Lunatic asylums Madras 1877-1891 - 1877-1891
Year: 1877
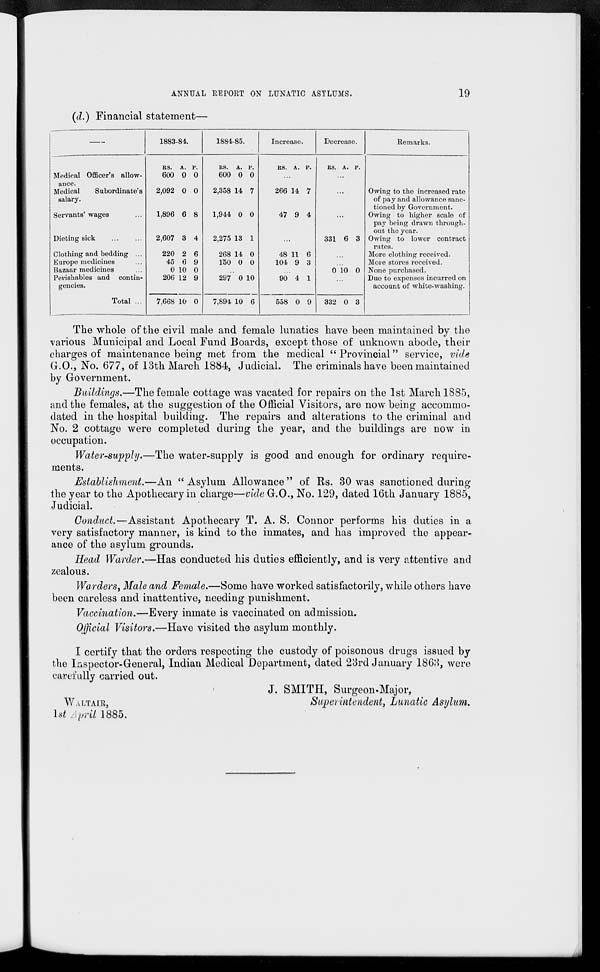
ANNUAL REPORT ON LUNATIC ASYLUMS.
(d.) Financial statement—
—
Medical Officer's allow-
ance.
Medical
Subordinate's
salary.
Servants' wages ...
Dieting sick
...
...
Clothing and bedding ...
Europe medicines ...
Bazaar medicines ...
Perishables and contin-
gencies.
Total ...
1883-84.
Rs.
600
2,092
1,896
2,607
220
45
0
206
7,668
A.
0
0
6
3
2
6
10
12
10
P.
0
0
8
4
6
9
0
9
0
1884-85.
Rs.
600
2,358
1,944
2,275
268
150
A.
0
14
0
13
14
0
P.
0
7
0
1
0
0
...
297
7,894
0
10
10
6
Increase.
Rs. A. P.
...
266
47
14
9
7
4
...
48
104
11
9
6
3
...
90
558
4
0
1
9
Decrease.
Rs. A. P.
...
...
...
331 6 3
...
...
0 10 0
...
332 0 3
Remarks.
Owing to the increased rate
of pay and allowance sanction by Government.
Owing to higher scale of
pay being drawn through-
out the year.
Owing to lower contract
rates.
More clothing received.
More stores received.
None purchased.
Due to expenses incurred on
account of white-washing.
The whole of the civil male and female lunatics have been maintained by the
various Municipal and Local Fund Boards, except those of unknown abode, their
charges of maintenance being met from the medical "Provincial" service, vide
G.O., No. 677, of 13th March 1884, Judicial. The criminals have been maintained
by Government.
Buildings.—The female cottage was vacated for repairs on the 1st March 1885,
and the females, at the suggestion of the Official Visitors, are now being accommo-
dated in the hospital building. The repairs and alterations to the criminal and
No. 2 cottage were completed during the year, and the buildings are now in
occupation.
Water-supply.—The water-supply is good and enough for ordinary require-
ments.
Establishment.—An "Asylum Allowance" of Rs. 30 was sanctioned during
the year to the Apothecary in charge—vide G.O., No. 129, dated 16th January 1885,
Judicial.
Conduct.—Assistant Apothecary T. A. S. Connor performs his duties in a
very satisfactory manner, is kind to the inmates, and has improved the appear-
ance of the asylum grounds.
Head Warder.—Has conducted his duties efficiently, and is very attentive and
zealous.
Warders, Male and Female.—Some have worked satisfactorily, while others have
been careless and inattentive, needing punishment.
Vaccination.—Every inmate is vaccinated on admission.
Official Visitors.—Have visited the asylum monthly.
I certify that the orders respecting the custody of poisonous drugs issued by
the Inspector-General, Indian Medical Department, dated 23rd January 1863, were
carefully carried out.
WALTAIR,
1st April 1885.
J. SMITH, Surgeon-Major,
Superintendent, Lunatic Asylum.